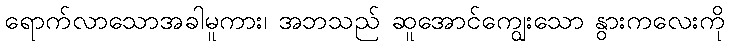
ရောက်လာသောအခါမူကား၊ အဘသည် ဆူအောင်ကျွေးသော နွားကလေးကို